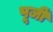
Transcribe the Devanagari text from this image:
पूजीं